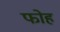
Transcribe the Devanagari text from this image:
फोह